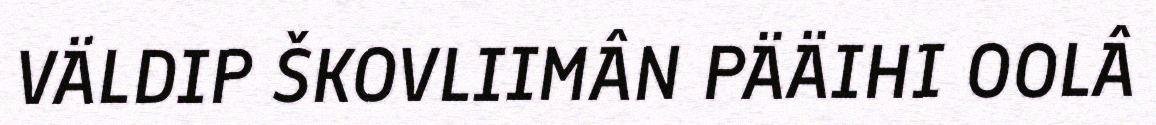
VÄLDIP ŠKOVLIIMÂN PÄÄIHI OOLÂ